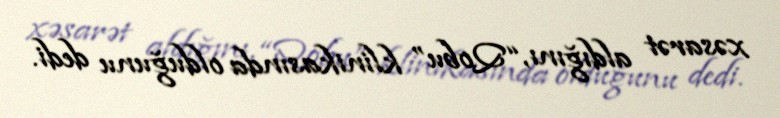
xəsarət aldığını, “Qobu” klinikasında olduğunu dedi.